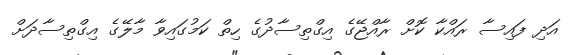
އަދި ފައިސާ ރައްކާ ކޮށް ރާއްޖޭގެ އިގްތިސާދުގެ ހިތް ކަމުގައިވާ މާލޭގެ އިގްތިސާދަށް